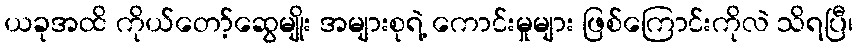
ယခုအထိ ကိုယ်တော့်ဆွေမျိုး အများစုရဲ့ ကောင်းမှုများ ဖြစ်ကြောင်းကိုလဲ သိရပြီ၊